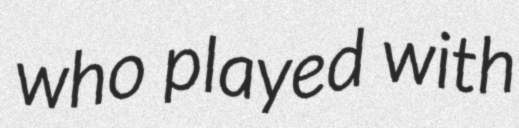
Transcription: who played with